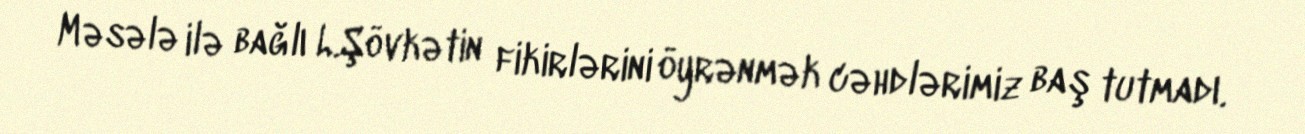
Məsələ ilə bağlı L.Şövkətin fikirlərini öyrənmək cəhdlərimiz baş tutmadı.